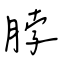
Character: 脖